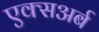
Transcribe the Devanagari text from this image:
एक्सअर्ब